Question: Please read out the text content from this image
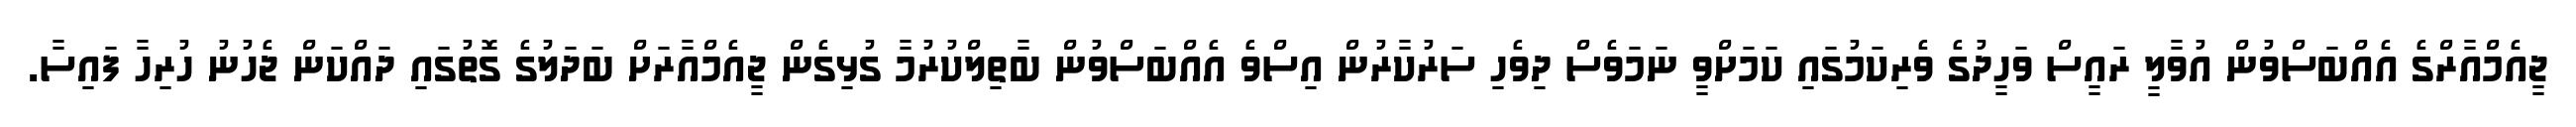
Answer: ޖީއެމްއާރްގެ އެއްބަސްވުން އުވާލީ ރައީސް ވަހީދުގެ ވެރިކަމުގައި ކަމަށްވީ ނަމަވެސް ދިވެހި ސަރުކާރުން އިސްވެ އެއްބަސްވުން ބާތިލްކުރުމާ ގުޅިގެން ޖީއެމްއާރަށް ބަދަލުގެ ގޮތުގައި ދައްކަން ޖެހުނު ހުރިހާ ފައިސާ.